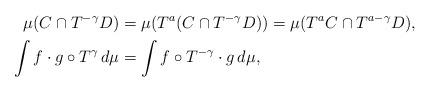
LaTeX: \begin{align*} \mu(C\cap T^{-\gamma}D) &= \mu(T^{a}(C\cap T^{-\gamma}D))=\mu(T^{a}C \cap T^{a-\gamma}D),\\ \int f\cdot g\circ T^{\gamma} \,d\mu &= \int f\circ T^{-\gamma}\cdot g \,d\mu, \end{align*}